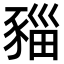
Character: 𧱥